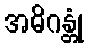
အဓိဂန္တုံ